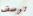
توصف